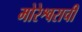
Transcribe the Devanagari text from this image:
मोरेश्वराची